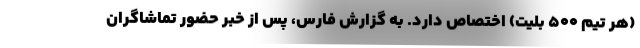
(هر تیم ۵۰۰ بلیت) اختصاص دارد. به گزارش فارس، پس از خبر حضور تماشاگران